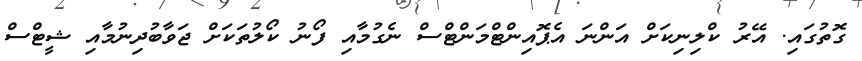
ގޮތުގައި. އޭރު ކްލިނިކަށް އަންނަ އެޕޮއިންޓްމަންޓްސް ނެގުމާއި ފޯނު ކޯލުތަކަށް ޖަވާބުދިނުމާއި ޝީޓްސް